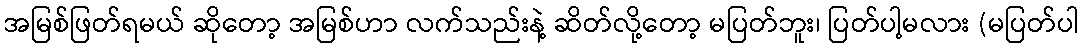
အမြစ်ဖြတ်ရမယ် ဆိုတော့ အမြစ်ဟာ လက်သည်းနဲ့ ဆိတ်လို့တော့ မပြတ်ဘူး၊ ပြတ်ပါ့မလား (မပြတ်ပါ